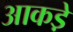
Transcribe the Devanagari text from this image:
आकडे़